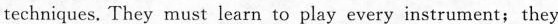
techniques. They must learn to play every instrument; they